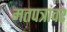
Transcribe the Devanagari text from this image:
मतपत्रांवर